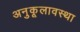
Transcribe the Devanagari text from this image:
अनुकूलावस्था